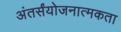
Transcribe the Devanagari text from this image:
अंतर्संयोजनात्मकता